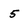
Character: 5